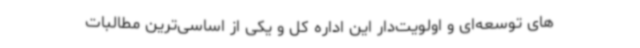
های توسعه‌ای و اولویت‌دار این اداره کل و یکی از اساسی‌ترین مطالبات